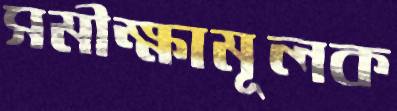
সমীক্ষামূলক